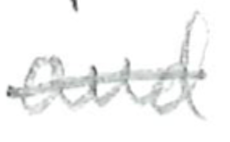
Text: and
Cross-out: single-line
Writing tool: pencil